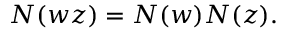
N ( w z ) = N ( w ) N ( z ) .